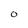
Character: O